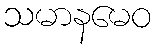
သမာနမေဝ